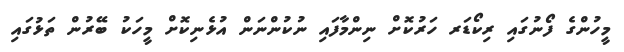
މީހުންގެ ފޯނުގައި ރިކޯޑަރ ހަރުކޮށް ނިންމާފައި ނުކުންނަން އުޅެނިކޮށް މީހަކު ބޭރުން ތަޅުގައި